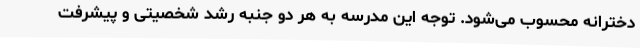
دخترانه محسوب می‌شود. توجه این مدرسه به هر دو جنبه رشد شخصیتی و پیشرفت